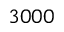
3 0 0 0